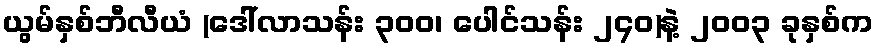
ယွမ်နှစ်ဘီလီယံ (ဒေါ်လာသန်း ၃၀၀၊ ပေါင်သန်း ၂၄၀)နဲ့ ၂၀၀၃ ခုနှစ်က